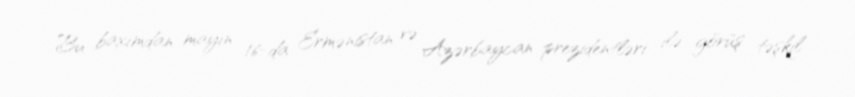
Bu baxımdan mayın 16-da Ermənistan və Azərbaycan prezidentləri ilə görüş təşkil